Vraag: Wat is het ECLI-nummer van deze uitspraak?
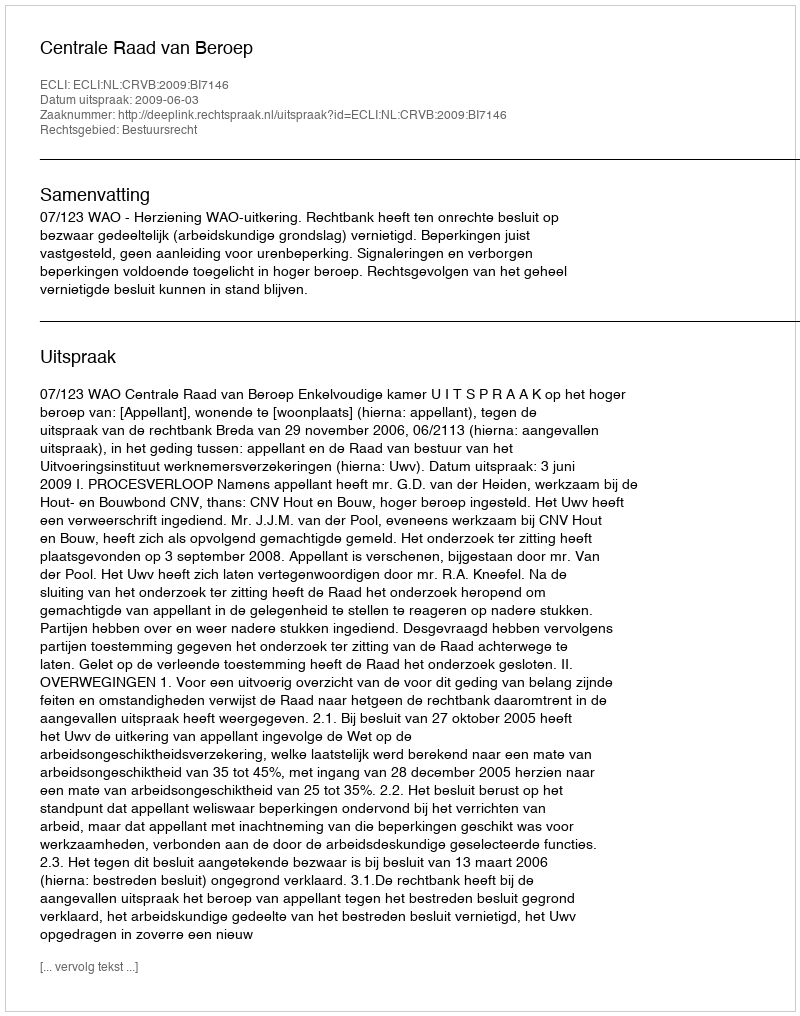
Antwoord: ECLI:NL:CRVB:2009:BI7146